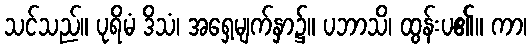
သင်သည်။ ပုရိမံ ဒိသံ၊ အရှေ့မျက်နှာ၌။ ပဘာသိ၊ ထွန်းပ၏။ ကာ၊